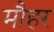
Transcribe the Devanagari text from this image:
मौहर